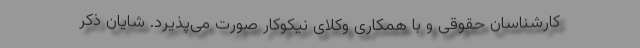
کارشناسان حقوقی و با همکاری وکلای نیکوکار صورت می‌پذیرد. شایان ذکر